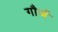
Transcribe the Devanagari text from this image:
गौर्ज